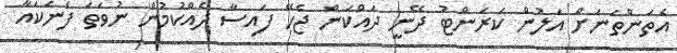
އެތަންތަނަށް އަލުން ކަރަންޓު ދޭނީ ދައްކަން ޖެހޭ ފައިސާ ދެއްކުމުން ނުވަތަ ފެނަކައާ